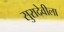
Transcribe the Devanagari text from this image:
सुरादेवीला